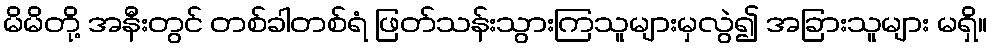
မိမိတို့ အနီးတွင် တစ်ခါတစ်ရံ ဖြတ်သန်းသွားကြသူများမှလွဲ၍ အခြားသူများ မရှိ။